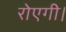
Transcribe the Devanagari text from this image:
रोएगी।